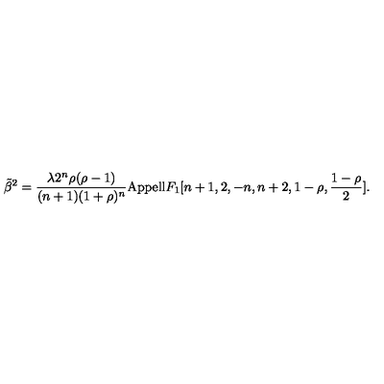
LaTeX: \tilde { \beta } ^ { 2 } = \frac { \lambda 2 ^ { n } \rho ( \rho - 1 ) } { ( n + 1 ) ( 1 + \rho ) ^ { n } } \mathrm { { A p p e l l } } F _ { 1 } [ n + 1 , 2 , - n , n + 2 , 1 - \rho , \frac { 1 - \rho } { 2 } ] .